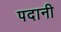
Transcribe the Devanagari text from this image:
पदानी